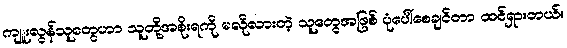
ကျူးလွန်သူတွေဟာ သူတို့အစိုးရကို မလိုလားတဲ့ သူတွေအဖြစ် ပုံပေါ်စေချင်တာ ထင်ရှားတယ်။